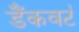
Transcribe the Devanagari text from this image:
डैंकवर्ट